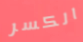
الكسر